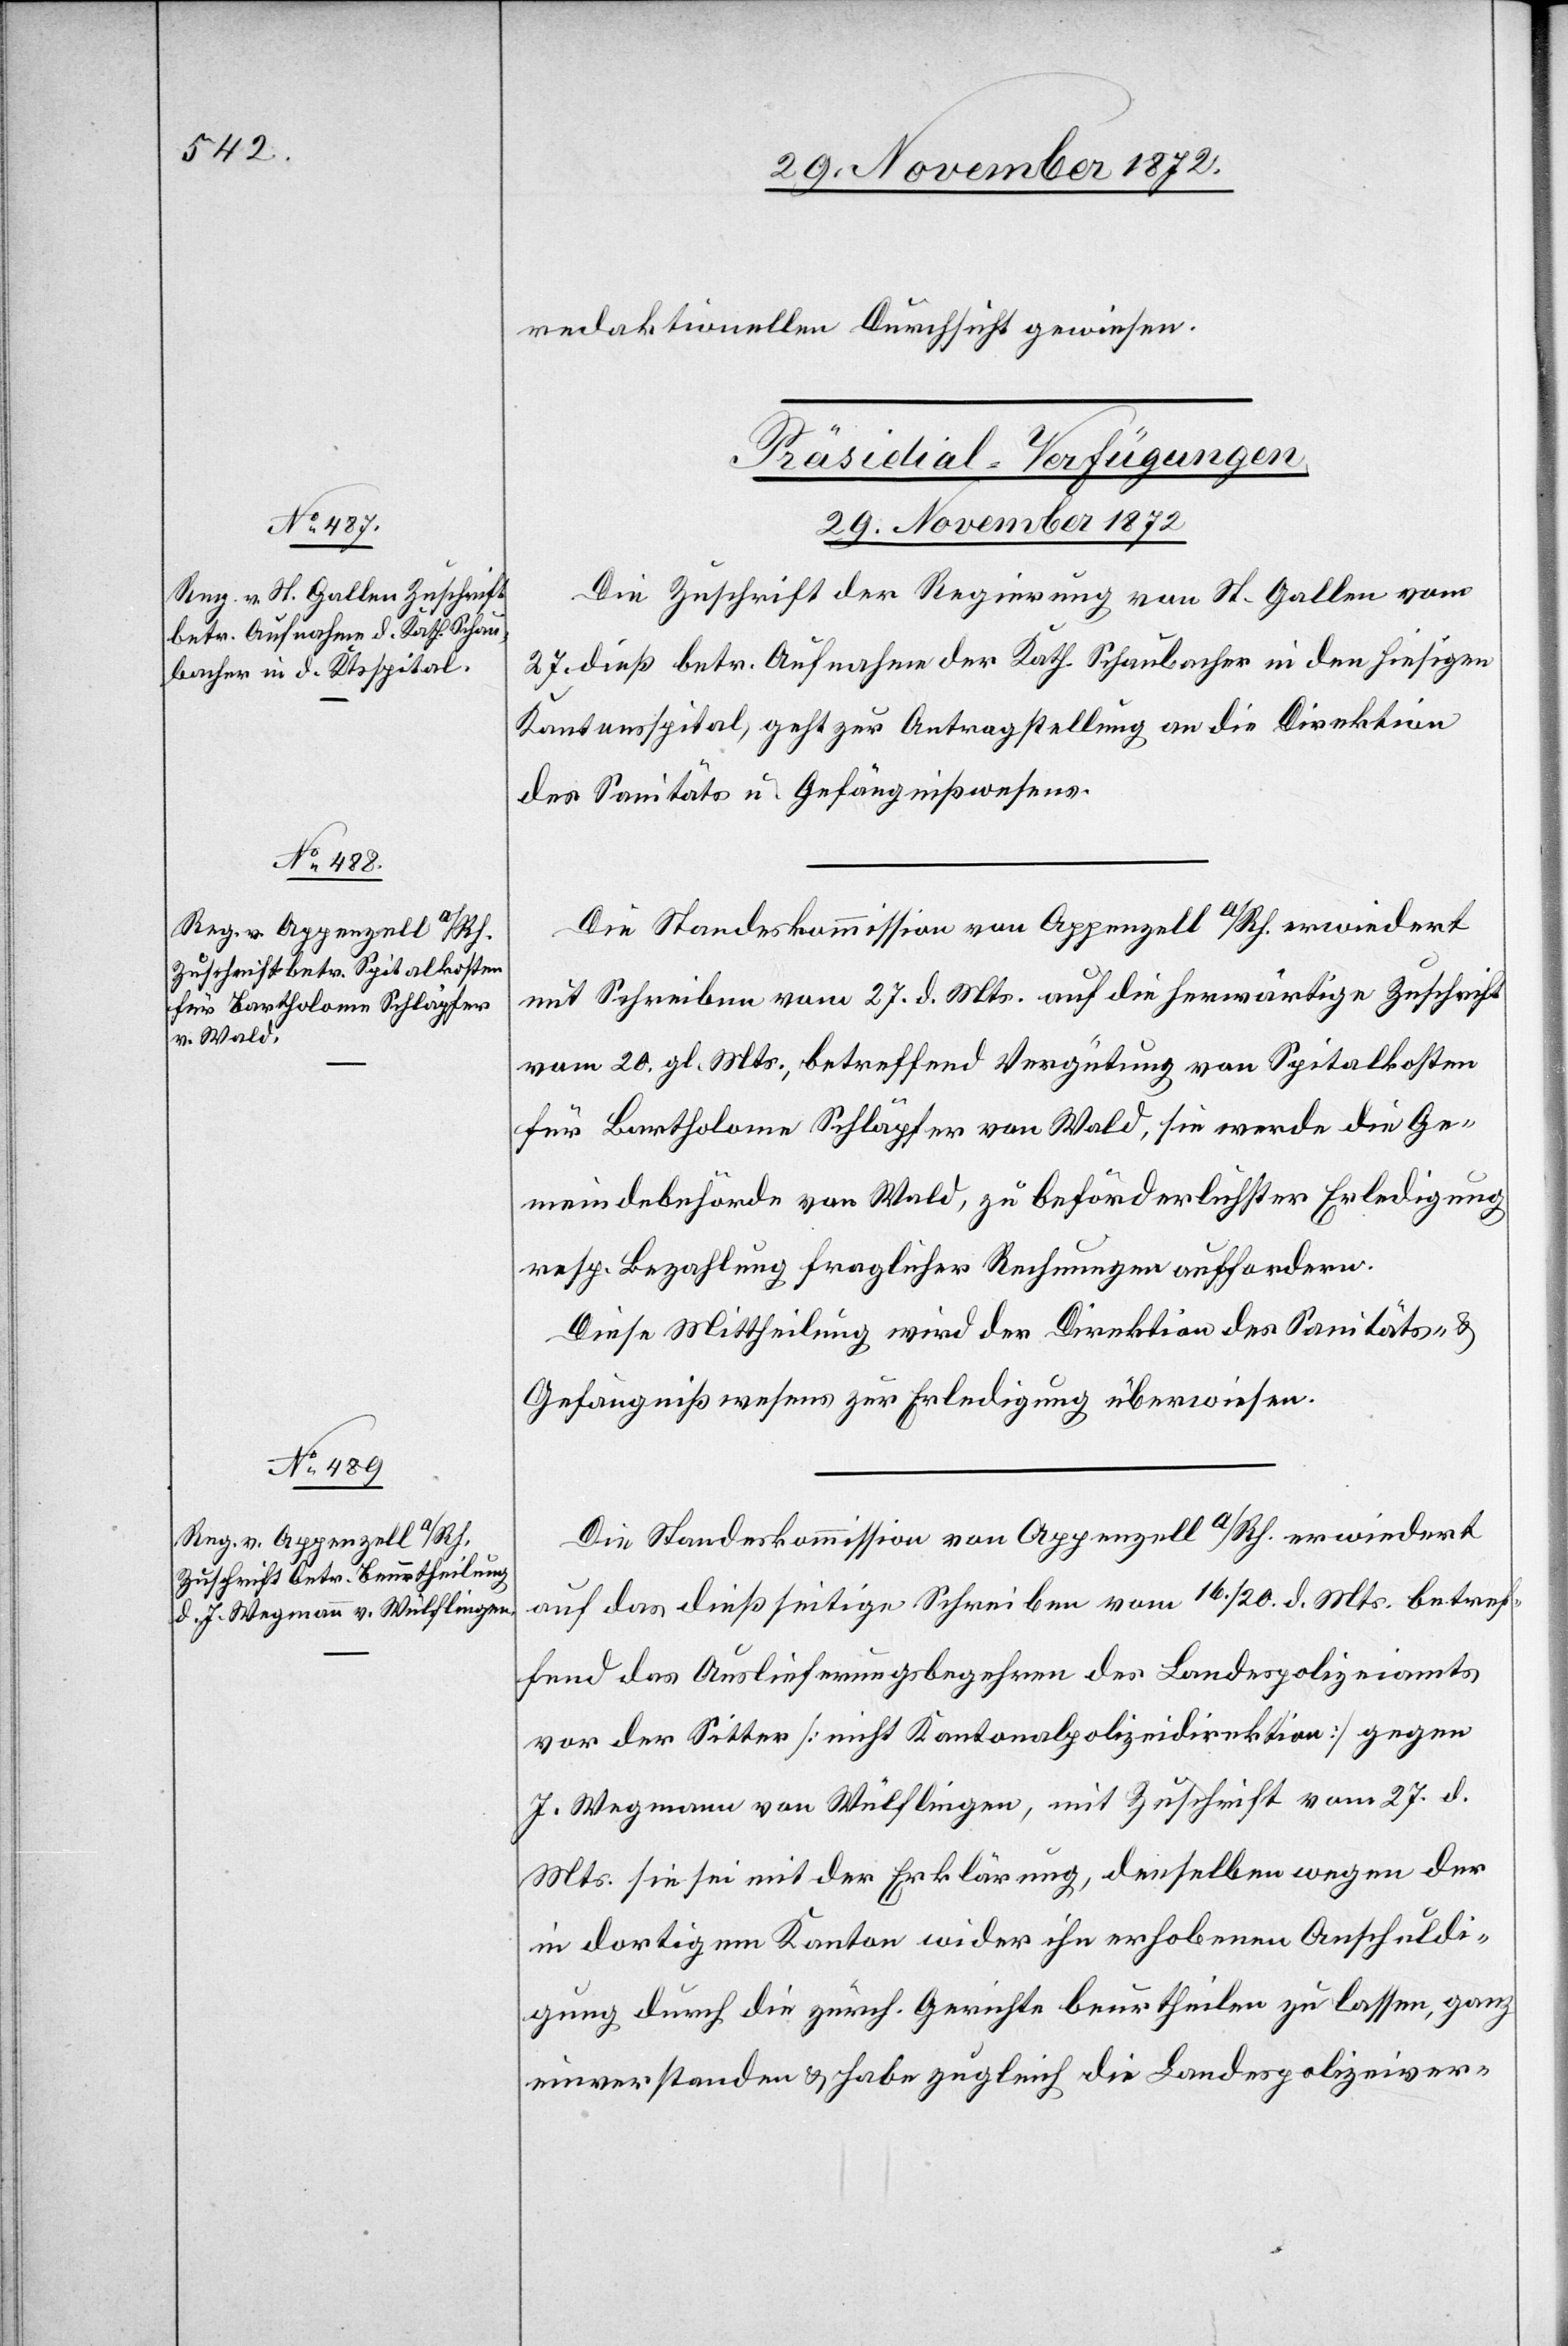
redaktionellen Durchsicht gewiesen.
[Präsidial-Verfügungen
29. November 1872]
Die Zuschrift der Regierung von St. Gallen vom
27. dieß betr. Aufnahme der Kath. Schaubacher in den hiesigen
Kantonsspital, geht zur Antragstellung an die Direktion
des Sanitäts- u. Gefängnißwesens.
Die Standeskommission von Appenzell a/Rh. erwiedert
mit Schreiben vom 27. d. Mts. auf die herwärtige Zuschrift
vom 20. gl. Mts., betreffend Vergütung von Spitalkosten
für Bartholome Schläpfer von Wald, sie werde die Ge¬
meindebehörde von Wald, zu beförderlichster Erledigung
resp. Bezahlung fraglicher Rechnungen auffordern.
Diese Mittheilung wird der Direktion des Sanitäts- u.
Gefängnißwesens zur Erledigung überwiesen.
Die Standeskommission von Appenzell a/Rh. erwiedert
auf das dießseitige Schreiben vom 16./20. d. Mts. betref¬
fend das Auslieferungsbegehren des Landespolizeiamts
vor der Sitter [nicht Kantonalpolizeidirektion] gegen
J. Wegmann von Wülflingen, mit Zuschrift vom 27. d.
Mts. sie sei mit der Erklärung, denselben wegen der
in dortigem Kanton wider ihn erhobenen Anschuldi¬
gung durch die zürch. Gerichte beurtheilen zu lassen, ganz
einverstanden u. habe zugleich die Landespolizeiver-